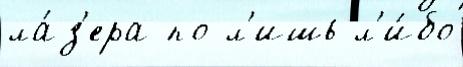
ла́з'ера по л'ишь л'и́бо